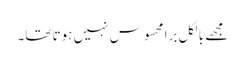
مجھے بالکل برا محسوس نہیں ہوتا تھا۔